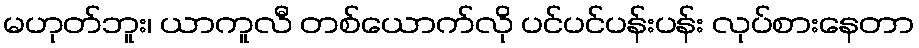
မဟုတ်ဘူး၊ ယာကူလီ တစ်ယောက်လို ပင်ပင်ပန်းပန်း လုပ်စားနေတာ